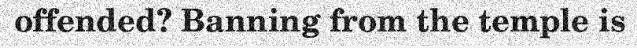
offended? Banning from the temple is